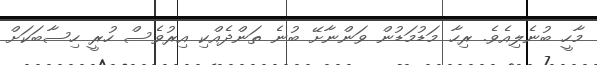
މާހީ ބުނެލިއެވެ. ރިހާ މަޑުމަޑުން ވަންނާށޭ ބުނެ ތަންދެއްކި އިރުވެސް ހުރީ ހިސާބަކަށް